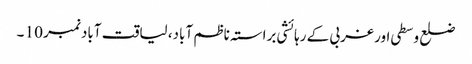
ضلع وسطی اور غربی کے رہائشی براستہ ناظم آباد، لیاقت آباد نمبر 10 ۔